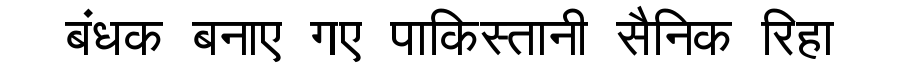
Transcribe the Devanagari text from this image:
बंधक बनाए गए पाकिस्तानी सैनिक रिहा